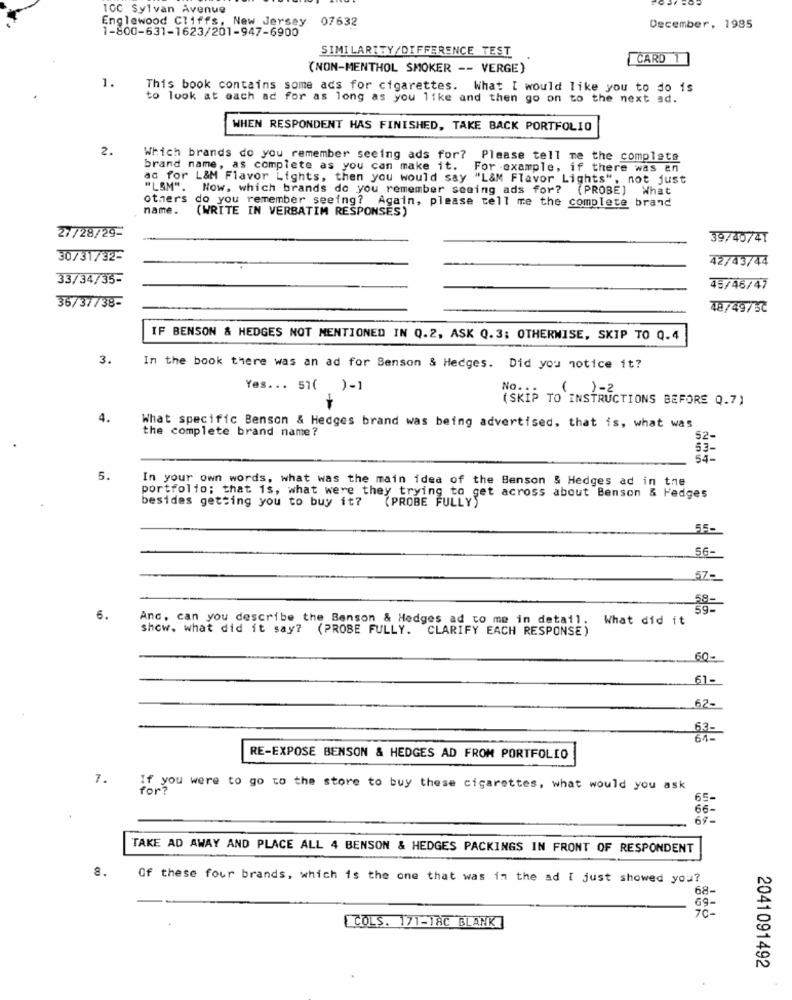
10C Sylvan Avenue
Englewood Cliffs, New Jersey
07632
1-800-631-1623/201-947-6900
December, 1985
SIMILARITY/DIFFERENCE TEST
CARD
(NON-MENTHOL SMOKER -- VERGE)
1.
This book contains some ads for cigarettes. What I would like you to do is
to look at each ad for as long as you like and then go on to the next ad.
WHEN RESPONDENT HAS FINISHED, TAKE BACK PORTFOLIO
2.
Which brands do you remember seeing ads for? Please tell me the complete
brand name, as complete as you can make it.
For example, if there was en
ad for L&M Flavor Lights, then you would say "L&M Flavor Lights", not just
"LSM". Now, which brands do you remember seeing ads for? (PROBE) What
others do you remember seeing? Again, please tell me the complete brand
name.
(WRITE IN VERBATIM RESPONSES)
27/28/29-
39/40/4T
30/31/32-
42/43/44
33/34/35-
45/46/47
36/37/38-
48/49/37
IF BENSON & HEDGES NOT MENTIONED IN Q.2, ASK Q.3; OTHERWISE, SKIP TO Q.4
3.
In the book there was an ad for Senson & Hedges. Did you notice it?
Yes ... 51( )-1
( )-2
(SKIP TO INSTRUCTIONS BEFORE Q.7)
4.
What specific Benson & Hedges brand was being advertised, that is, what was
the complete brand name?
52-
53-
5.
In your own words, what was the main idea of the Benson & Hedges ad in the
portfolio; that is, what were they trying to get across about Benson & Hedges
besides getting you to buy it?
(PROBE FULLY)
550
56-
57-
6.
Anc, can you describe the Benson & Hedges ad to me in detail.
What did it
show. what did it say? (PROBE FULLY. CLARIFY EACH RESPONSE)
60-
61-
62-
RE-EXPOSE BENSON & HEDGES AD FROM PORTFOLIO
7.
If you were to go to the store to buy these cigarettes, what would you ask
for?
65-
66-
67-
TAKE AD AWAY AND PLACE ALL 4 BENSON & HEDGES PACKINGS IN FRONT OF RESPONDENT
8.
Of these four brands, which is the one that was in the ad I just showed you?
68-
69-
COLS. 171-TAC BLANK
70-
2041091492